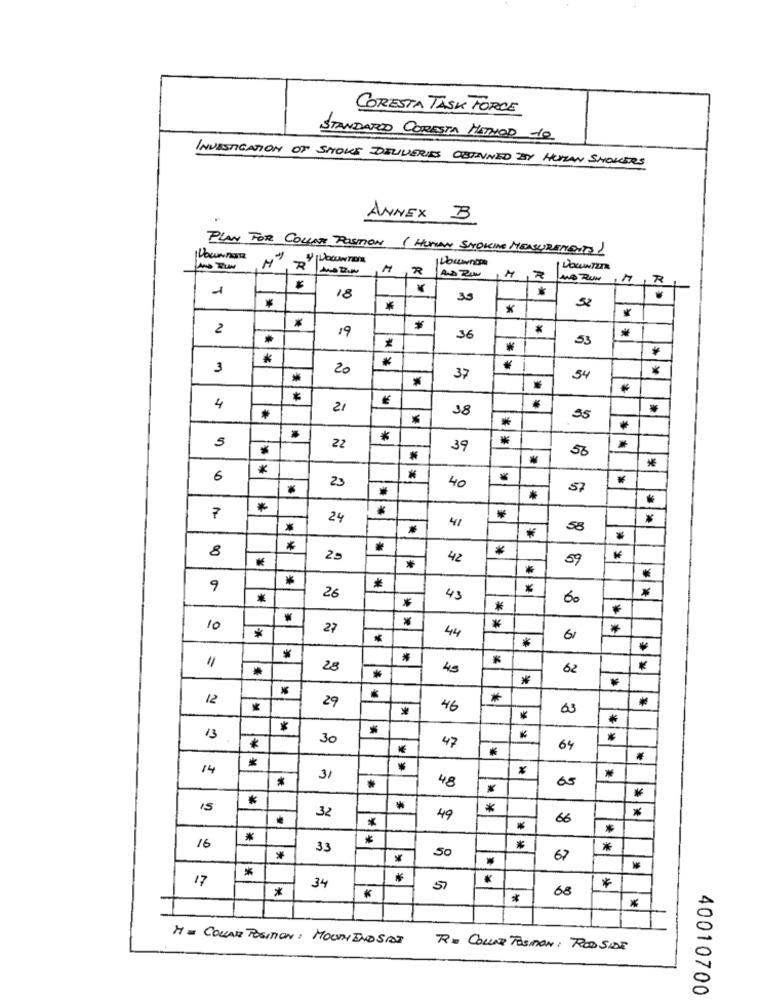
CORESTA TASK FORCE
STANDAROD CORESTA METHOD 10
INVESTIGATION OF SHOWS DELIVERIES OBTAINED BY HUMAN SHOWERS
ANNEX B
PLAN FOR COLLINE POSITION (HUMAN SMOKING MEASUREMENTS)
NO RUN
R
18
35
*
2
19
*
*
36
53
*
*
3
20
*
37
54
4
21
38
*
35
*
5
22
39
50
*
*
*
6
23
40
57
*
*
7
24
41
58
*
*
8
25
42
59
*
9
*
*
26
43
60
*
*
10
27
*
*
*
44
6
*
"
28
45
62
12
*
29
46
63
*
*
13
30
*
47
64
*
14
31
65
48
*
15
*
*
32
49
66
*
*
*
*
16
33
*
*
50
67
*
17
*
34
68
*
*
H= COLLAR POSITION: MOUTHINDSIGT
RE COLLER TOSIMON: ROSSIDE
40010700